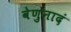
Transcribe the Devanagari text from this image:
वेणुनादं